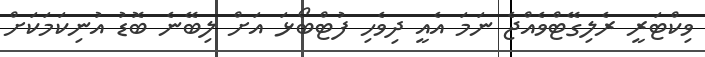
ވިކްޓަރީ ރެލިގޭޓްވެއްޖެ ނަމަ އެއީ ދިވެހި ފުޓްބޯޅަ އަށް ލިބޭނެ ބޮޑު އުނިކަމަކަށް